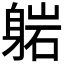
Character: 𬧥